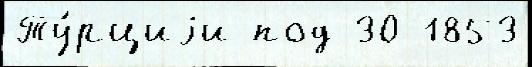
Ту́рциjи под 30 1853